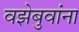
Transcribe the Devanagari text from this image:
वझेबुवांना